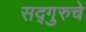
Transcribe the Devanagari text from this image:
सद्गुरुचे